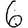
Digit: 6